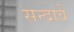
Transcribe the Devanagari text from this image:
सन्दावे